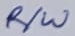
Text: R/W